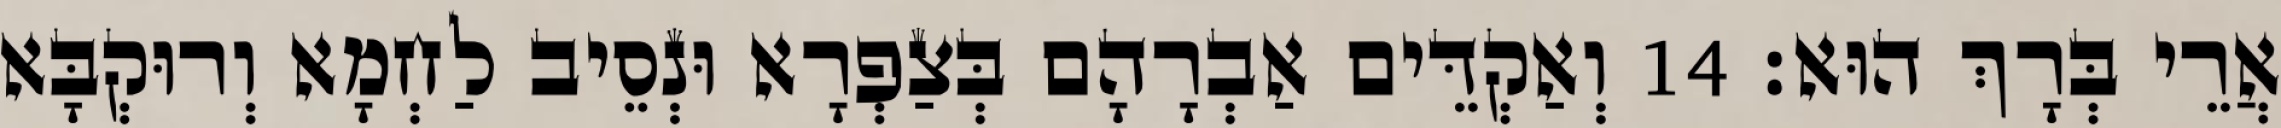
אֲרֵי בְּרָךְ הוּא׃ 14 וְאַקְדֵּים אַבְרָהָם בְּצַפְרָא וּנְסֵיב לַחְמָא וְרוּקְבָּא